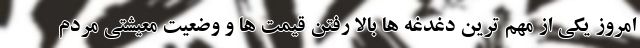
امروز یکی از مهم ترین دغدغه ها بالا رفتن قیمت ها و وضعیت معیشتی مردم